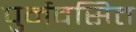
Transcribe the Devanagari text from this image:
पुर्नवसित